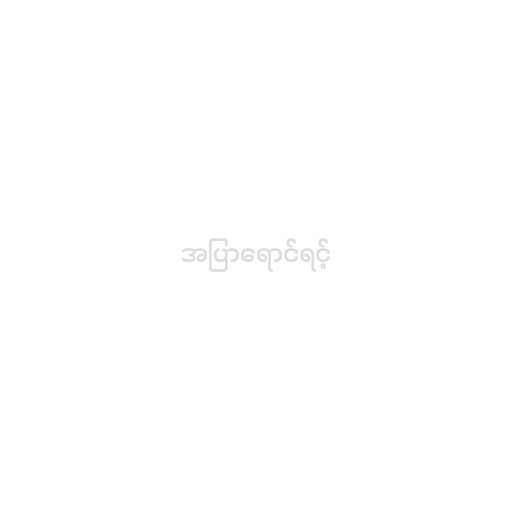
အပြာရောင်ရင့်